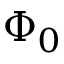
\Phi _ { 0 }